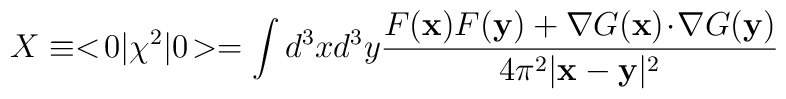
X \equiv <\!0|\chi^2|0\!> = \int d^3 x d^3 y {F(\mathbf{x}) F(\mathbf{y})  + \mathbf{\nabla}G(\mathbf{x})\!\cdot\!\mathbf{\nabla}G(\mathbf{y})             \over 4\pi^2 |\mathbf{x}-\mathbf{y}|^2}